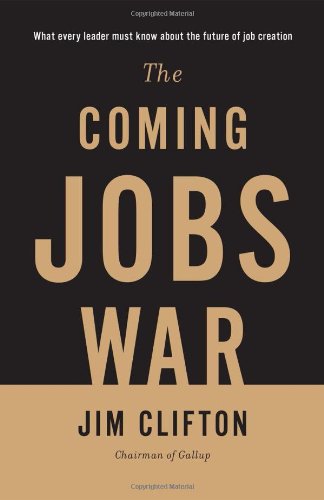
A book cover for The Coming Jobs War; Jim Clifton; Business & Money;